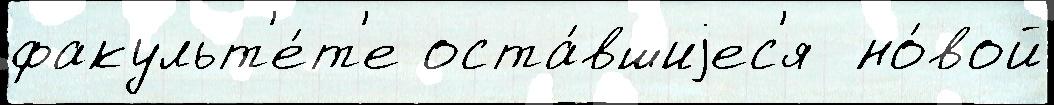
факульт'е́т'е оста́вшиjес'я  но́вой